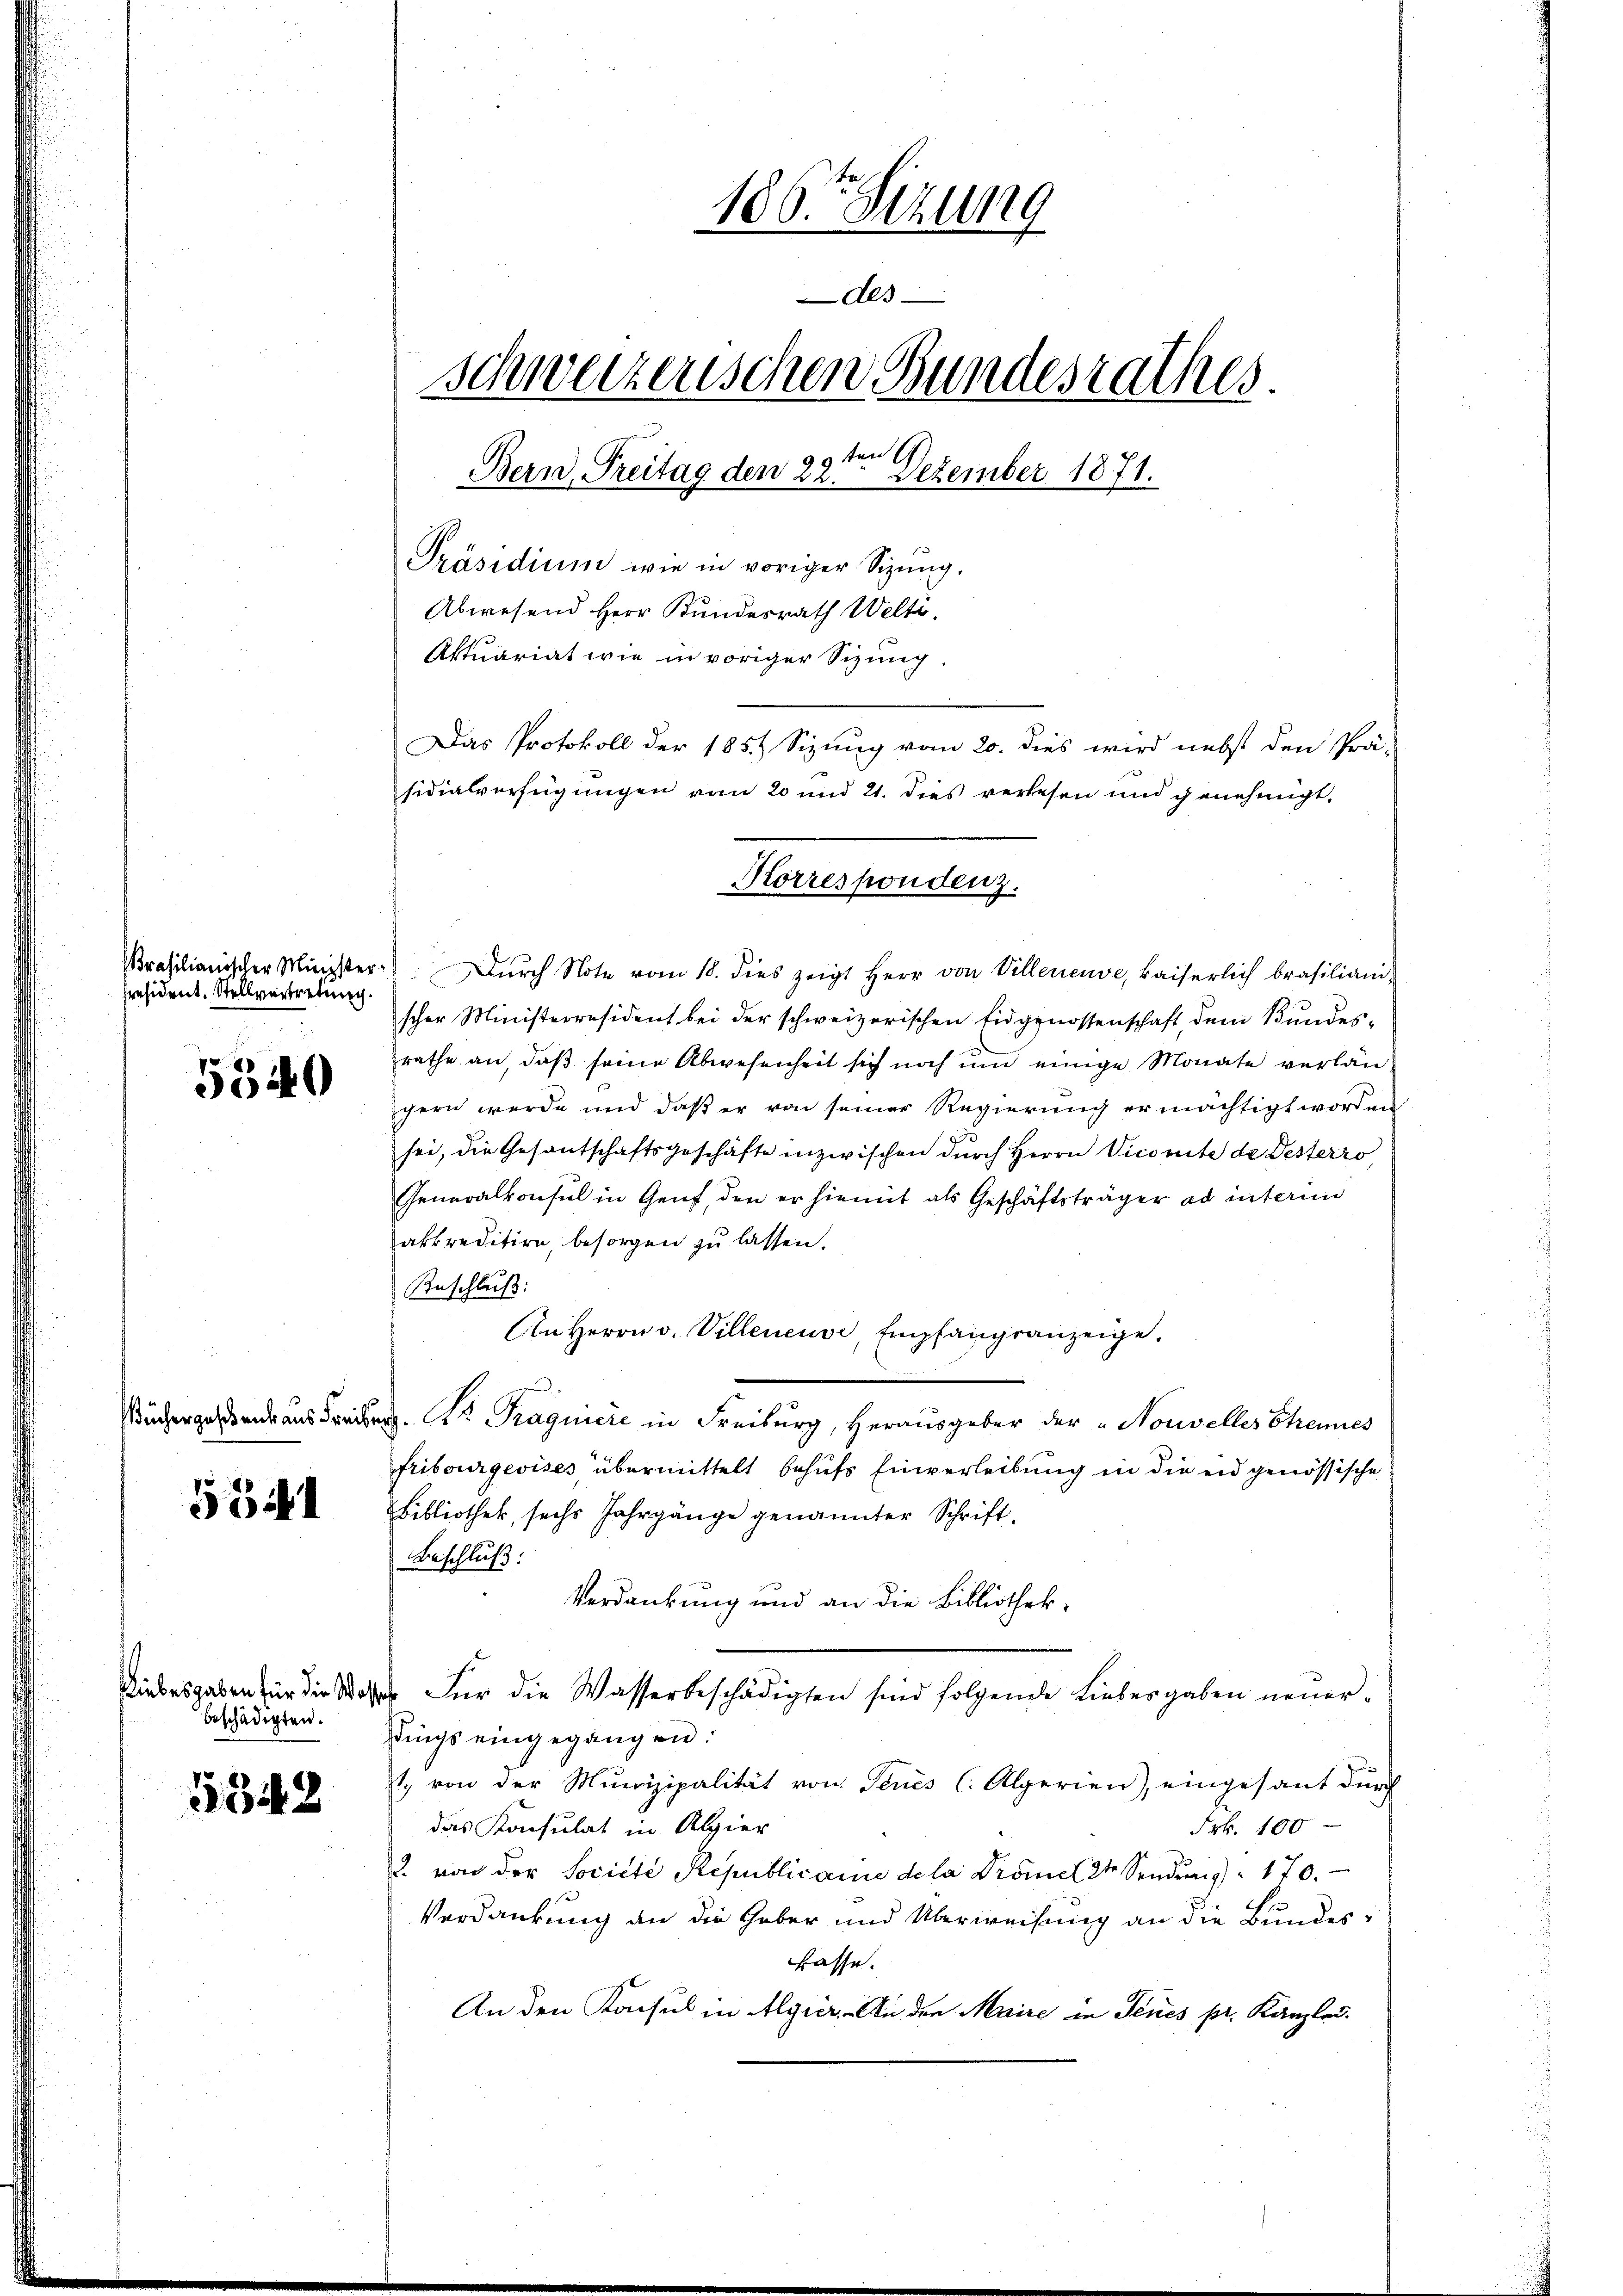
5340

Küchergesehens aus Freib

551

Riebesgaben für die Wasse
beschädigten.

5342

Prasilianischer Minister
präsident. Stellvertretung

186. Sizung
des
schweizerischen Bundesrathes.
39 ten
Bern, Freitag den 22. Dezember 1871.
Präsidium wie in voriger Sizung.
Abwesend Herr Kundesrath Welti.
Aktuariat wie in voriger Sizung
Das Protokoll der 1854 Sizung vom 20. dies wird nebst den Prä-
sidialverfügungen vom 20 und 21. dies verlesen und genehmigt.
Korrespondenz.

Durch Note vom 18. dies zeigt Herr von Villeneuve, kaiserlich brasilianischer Ministerresident bei der schweizerischen Eidgenossenschaft, dem Bundes-
rathe an daβ seine Abwesenheit sich noch um einige Monate verlängern werde und daß er von seiner Regierung ermächtigt worden
sei, die Gesantschaftsgeschäfte inzwischen durch Herrn Vicomite de Desterro
Generalkonsul in Genf, den er hiemit als Geschäftsträger ad interin
akkreditire, besorgen zu lassen.
Anschluß:
An Herrn v. Villeneuve, Empfangsanzeige.
d. Kr. Traguiere in Freiburg, Herausgeber der „Nouvelles Streines
fribourgeoises übermittelt behufs Einverleibung in die eidgenössische
Bibliothek, sechs Jahrgänge genannter Schrift-
Beschluß:
Verdankung und an die Bibliothek-
Für die Wasserbeschädigten sind folgende Liebesgaben neuers
dings eingegangen:
1. von der Munizipalität von Jenes (Algerien), eingesant durch
das Konsulat in Algier
Frk. 100
2. von der Societe Republicane dela Prome 2te Sendŭng 170.
.
Verdankung an die Geber und Überweisung an die Bundesfasse.
An den Konsul in Algier. An den Maire in Jenes pr. Kanzlei.